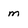
Character: m